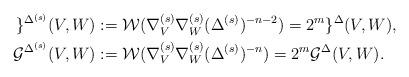
LaTeX: \begin{align*}\begin{aligned}\mathcal{g}^{\Delta ^{(s)}}(V,W)&:= \mathcal{W}( \nabla ^{(s)}_{V}\nabla ^{(s)}_{W} (\Delta ^{(s)})^{-n-2}) = 2^{m} \mathcal{g}^{\Delta}(V,W),\\\mathcal{G}^{\Delta ^{(s)}}(V,W)&:= \mathcal{W}( \nabla ^{(s)}_{V}\nabla ^{(s)}_{W} (\Delta ^{(s)})^{-n}) = 2^{m} \mathcal{G}^{\Delta}(V,W).\end{aligned}\end{align*}